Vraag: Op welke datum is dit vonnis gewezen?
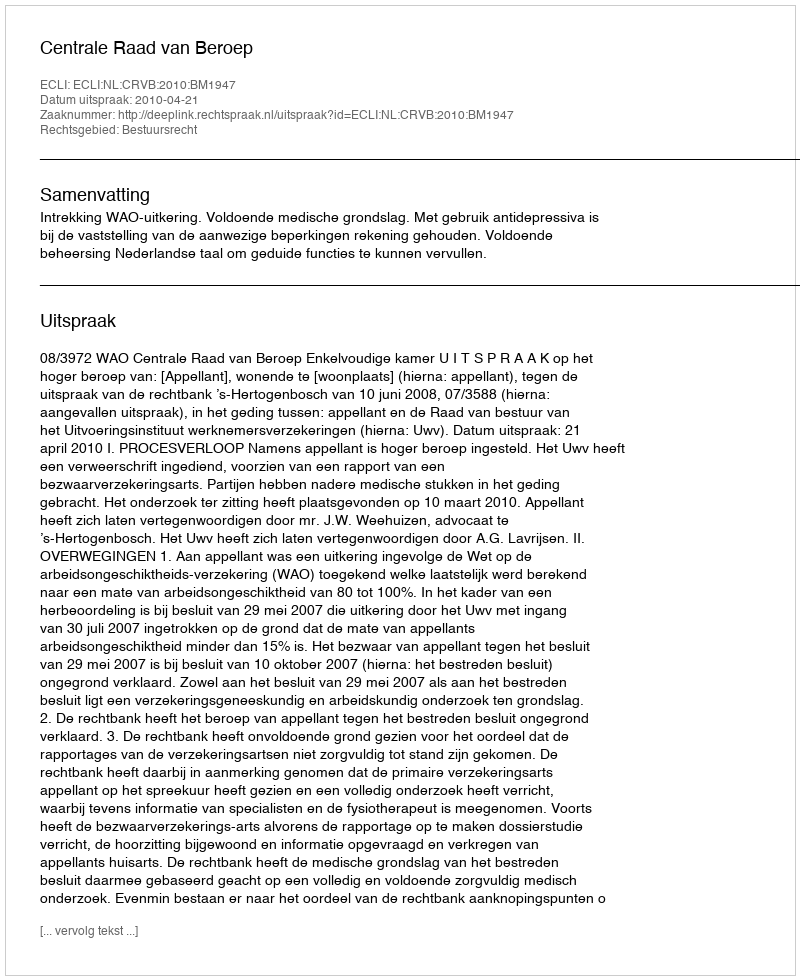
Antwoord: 2010-04-21